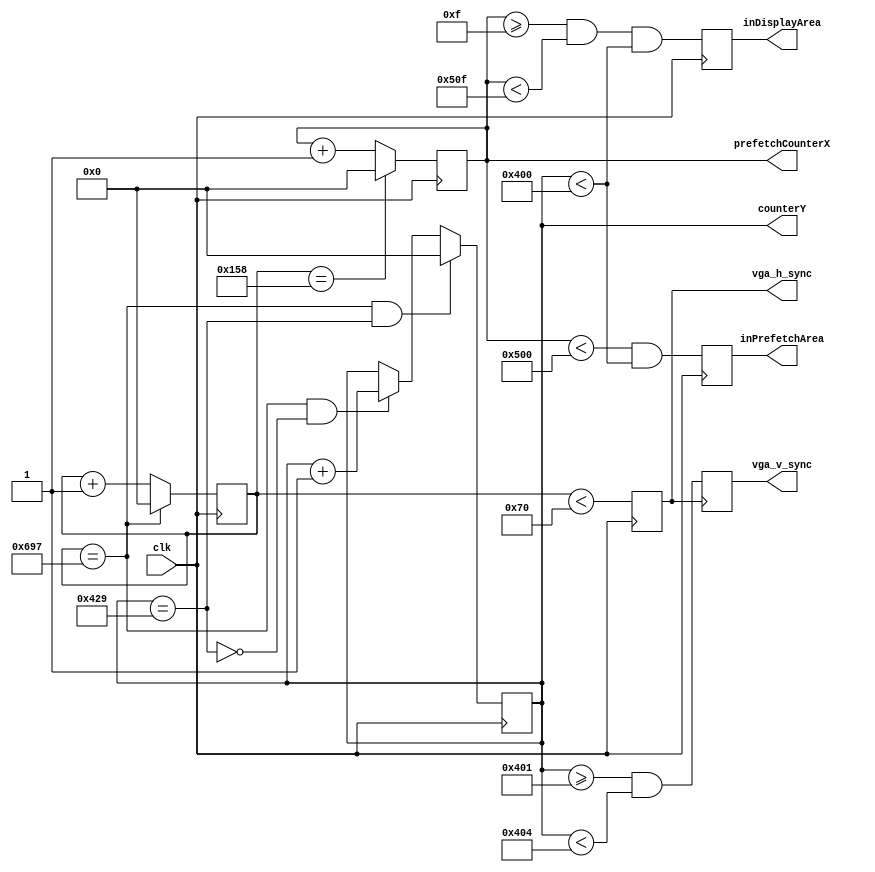
`timescale 1ns / 1ps
//////////////////////////////////////////////////////////////////////////////////
// Company:
// Engineer:
//
// Design Name:
// Module Name:    sync_gen_1280x1024
// Project Name:
// Target Devices:
// Tool versions:
// Description: 
//////////////////////////////////////////////////////////////////////////////////
module sync_gen_1280x1024(
	input  wire      clk,
	output reg       vga_h_sync,
	output reg       vga_v_sync,
	output reg       inDisplayArea,
	output reg       inPrefetchArea,
	output reg [10:0] prefetchCounterX, // aligned to visible area (minus FRONT_MARGIN)
	output reg [10:0] counterY // aligned to visible area
);

reg [10:0] counterX; // aligned to sync signal
`define FRONT_MARGIN 16

/*
STANDARD
Pixel clock: 108.0
Horizontal:
 - visible area - 1280 0
 - front porch  - 48   1280
 - sync pulse   - 112  1328
 - back porch   - 248  1440
 - line         - 1688

Vertical:
 - visible area - 1024 0
 - front porch  - 1    1024
 - sync pulse   - 3    1025
 - back porch   - 38   1028
 - line         - 1066

*/

//////////////////////////////////////////////////
wire counterXmaxed = (counterX == 11'd 1687);
wire counterYmaxed = (counterY == 11'd 1065);

always @(posedge clk)
begin
	if (counterXmaxed)
		counterX <= 0;
	else
		counterX <= counterX + 1'b1;

	if (counterXmaxed && counterYmaxed)
		counterY <= 0;
	else if (counterXmaxed && !counterYmaxed)
		counterY <= counterY + 1'b1;
end

wire [10:0] xShift     = 112 + 248 - `FRONT_MARGIN;
// wire [10:0] hSyncStart = 248 + 1280 + 48;
always @(posedge clk)
begin
   // polarity of sync pulse is positive
	vga_h_sync <= counterX < 112;

	if (counterX == xShift)
		prefetchCounterX <= 0;
	else
		prefetchCounterX <= prefetchCounterX + 1'b1;
end

always @(posedge vga_h_sync)
begin
	vga_v_sync <= counterY >= 11'd 1025 && counterY < 11'd 1028;
end

always @(posedge clk)
begin
	inDisplayArea <= prefetchCounterX >= 11'd 15 && prefetchCounterX < 11'd 1295
	                 && counterY < 11'd 1024;

   inPrefetchArea <= prefetchCounterX < 11'd 1280 && counterY < 11'd 1024;
end



endmodule